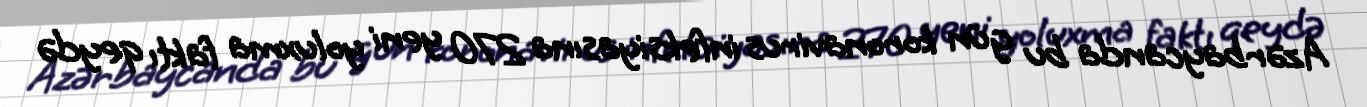
Azərbaycanda bu gün koronavirus infeksiyasına 270 yeni yoluxma faktı qeydə